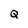
Character: Q